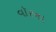
વૉરના